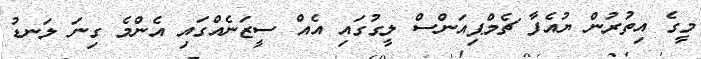
މީގެ އިތުރުން ޔުއެފާ ޗެމްޕިއަންސް ލީގުގައި އެއް ސީޒަނެއްގައި އެންމެ ގިނަ ލަނޑު